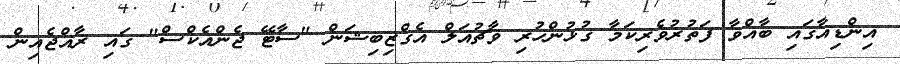
އިންޑިއާގައި ބާއްވާ ފަތުރުވެރިކަމާ ގުޅުންހުރި ވާޗުއަލް އެގްޒިބިޝަން "ސާޓޭ ޖެންއެކްސް" ގައި ރާއްޖެއިން